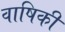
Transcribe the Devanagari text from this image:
वाषिकी